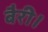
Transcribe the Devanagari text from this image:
बैरी।